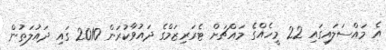
އެ މައްސަލައިގައި 22 މީހެއްގެ މައްޗަށް ޓެރަރިޒަމްގެ ދައުވާކުރަން 2010 ގައި ދައުލަތުން